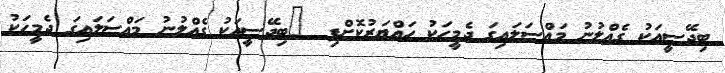
ބިދޭސީއަކު ގެއްލުނު މައްސަލައިގަ ދެމީހަކު ހައްޔަރުކޮށްފި  	ބިދޭސީއަކު ގެއްލުނު މައްސަލައިގަ ދެމީހަކު